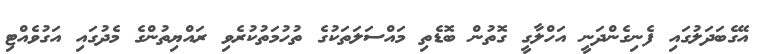
އޭގެބަދަލުގައި ފެނިގެންދަނީ އަހްލާގީ ގޮތުން ބޮޑެތި މައްސަލަތަކުގެ ތުހުމަތުކުރެވި ރައްޔިތުންގެ މެދުގައި އަގުވެއްޓި